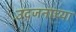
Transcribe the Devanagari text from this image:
उदजनाच्या